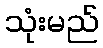
သုံးမည်